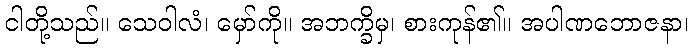
ငါတို့သည်။ သေဝါလံ၊ မှော်ကို။ အဘက္ခိမှ၊ စားကုန်၏။ အပါဏဘောဇနာ၊